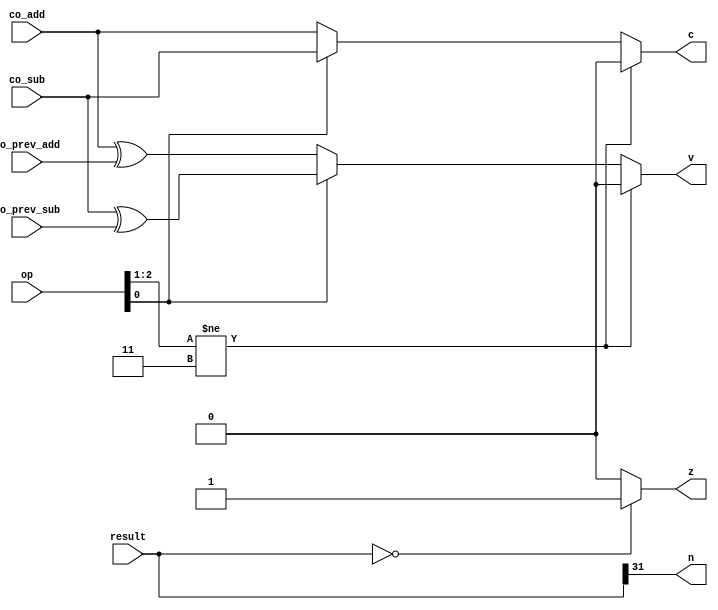
module cal_flags32(op, result, co_add, co_prev_add, co_sub, co_prev_sub, c, n, z, v);
	input		[2:0]		op;					// 3bits input op
	input		[31:0]	result;				// 32bits input result
	input					co_add, co_prev_add, co_sub, co_prev_sub;		// 4 inputs
	output				c, n, z, v;			// 4 outputs c, n, z, v
	
	assign c = (op[2:1] != 2'b11) ? 1'b0 : ((op[0] == 1'b0) ? co_add : co_sub);	// Carry
																											// if op[0]=0, c=co_add, else c=co_sub
   assign n = result[31];				// Negative
												// check result[31]
   assign z = (result == 32'b0) ? 1'b1 : 1'b0;		//Zero
																	//if result=0, z=1, else, z=0
   assign v = (op[2:1] != 2'b11) ? 1'b0 : ((op[0] == 1'b0) ? (co_add^co_prev_add) : (co_sub^co_prev_sub));		// Overflow
																																					// if op[0]=0, v=co_add^co_prev_add
endmodule																																		// else, v= co_sub^co_prev_sub